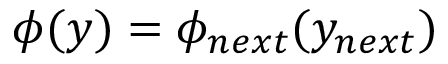
\phi ( y ) = \phi _ { n e x t } ( y _ { n e x t } )